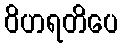
ဝိဟရတိပေ